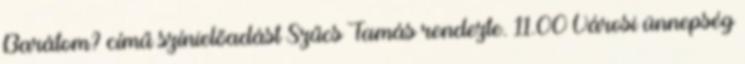
Barátom? című színielőadást Szűcs Tamás rendezte. 11.00 Városi ünnepség